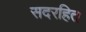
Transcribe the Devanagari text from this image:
सदरहित